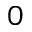
0